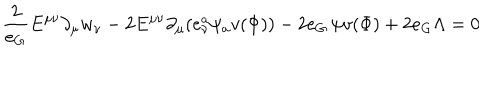
\frac { 2 } { e _ { G } } E ^ { \mu \nu } \partial _ { \mu } w _ { \nu } - 2 E ^ { \mu \nu } \partial _ { \mu } ( e _ { \nu } ^ { a } \psi _ { a } v ( \Phi ) ) - 2 e _ { G } \, \psi v ( \Phi ) + 2 e _ { G } \Lambda = 0